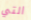
التي